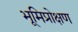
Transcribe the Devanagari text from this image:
भूमिप्रोक्षण